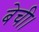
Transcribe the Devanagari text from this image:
बेची।